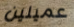
عميلين